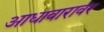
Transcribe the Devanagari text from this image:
आधावारावर